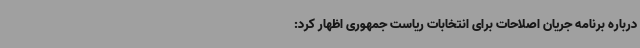
درباره‌ برنامه جریان اصلاحات برای انتخابات ریاست جمهوری اظهار کرد: